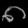
Digit: ၈